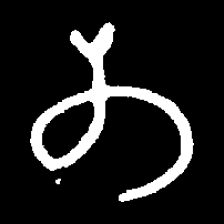
Pyu character \u2014 Myanmar letter: တ (romanized: ta)